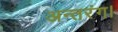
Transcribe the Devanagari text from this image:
अन्तरंग।